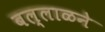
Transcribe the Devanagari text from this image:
बल्लाळने